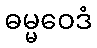
ဓမ္မဝေဒံ